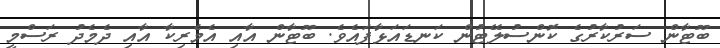
ބޫޓާން ސަރުކާރުގެ ކޮންސުލޭޓުން ކަނޑައަޅާފައެވެ. ބޫޓާން އާއި އެމެރިކާ އާއި ދެމެދު ރަސްމީ